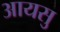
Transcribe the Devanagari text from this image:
आयसु